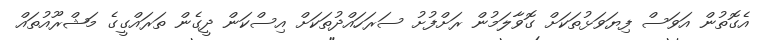
އެގޮތުން އަވަސް ފިޔަވަޅުތަކަށް ގޮވާލަމުން ރަށްފުށު ސަރަހައްދުތަކަށް އިސްކަން ދީގެން ތަރައްގީގެ މަޝްރޫއުތައް